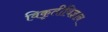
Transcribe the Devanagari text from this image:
विकृतीविज्ञान